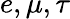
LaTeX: e,\mu,\tau